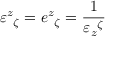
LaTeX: \varepsilon ^ { z } { } _ { \zeta } = e ^ { z } { } _ { \zeta } = \frac { 1 } { \varepsilon _ { z } { } ^ { \zeta } }